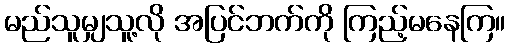
မည်သူမျှသူ့လို အပြင်ဘက်ကို ကြည့်မနေကြ။